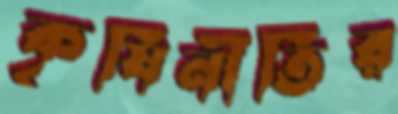
কৃষিনীতির